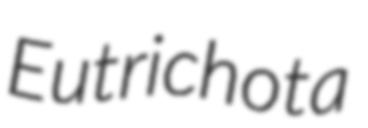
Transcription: Eutrichota